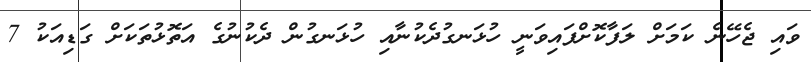
ވައި ޖެހޭނެ ކަމަށް ލަފާކޮށްފައިވަނީ ހުޅަނގުދެކުނާއި ހުޅަނގުން ދެކުނުގެ އަތޮޅުތަކަށް ގަޑިއަކު 7